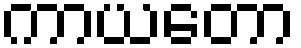
ကာယတော